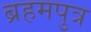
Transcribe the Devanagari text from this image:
ब्रहमपुत्र